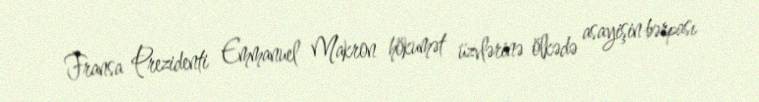
Fransa Prezidenti Emmanuel Makron hökumət üzvlərinə ölkədə asayişin bərpası